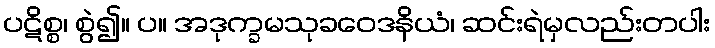
ပဋိစ္စ၊ စွဲ၍။ ပ။ အဒုက္ခမသုခဝေဒနိယံ၊ ဆင်းရဲမှလည်းတပါး